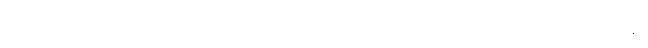
မူးဝေလာသောကြောင့် သူကိုယ်တိုင် ခွေလဲမကျသွားစေရန် အနီးရှိနံရံကို ကမန်းကတန်း